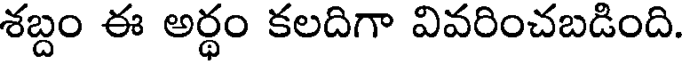
శబ్దం ఈ అర్ధం కలదిగా వివరించబడింది.